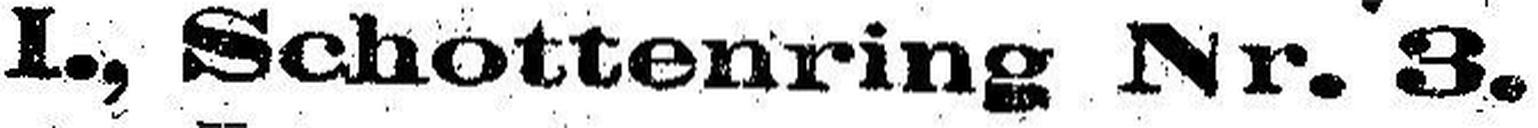
I., Schottenring Nr. 3